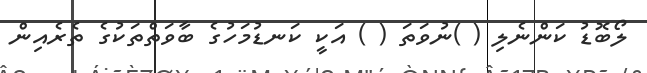
ލޯބޮޑު ކަންނެލި ( )ނުވަތަ ( ) އަކީ ކަނޑުމަހުގެ ބާވަތްތަކުގެ ތެރެއިން